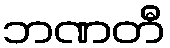
ဘဏတီ